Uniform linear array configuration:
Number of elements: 24
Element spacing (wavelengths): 0.5
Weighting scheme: binomial
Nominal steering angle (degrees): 60
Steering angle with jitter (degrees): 58.05
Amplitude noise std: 0.05
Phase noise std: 0.05

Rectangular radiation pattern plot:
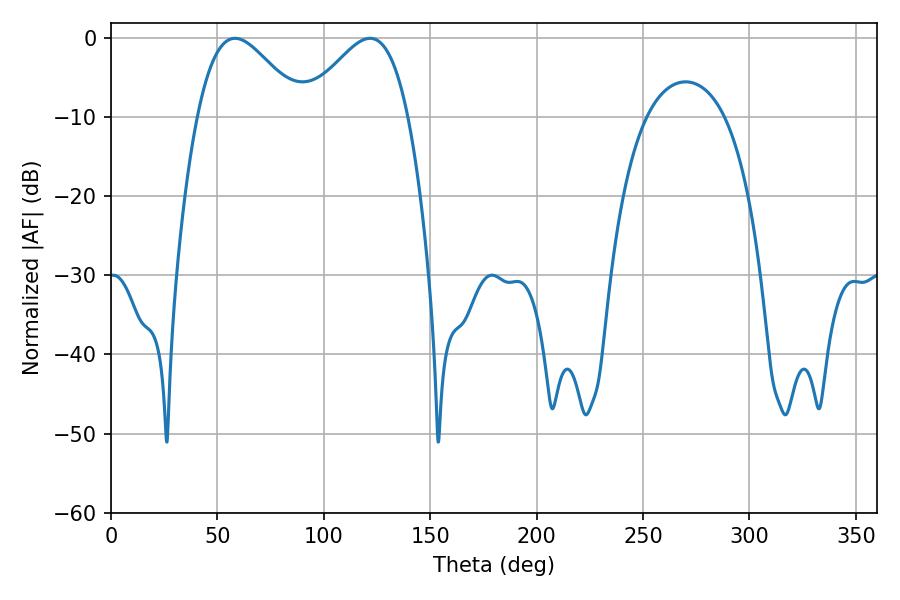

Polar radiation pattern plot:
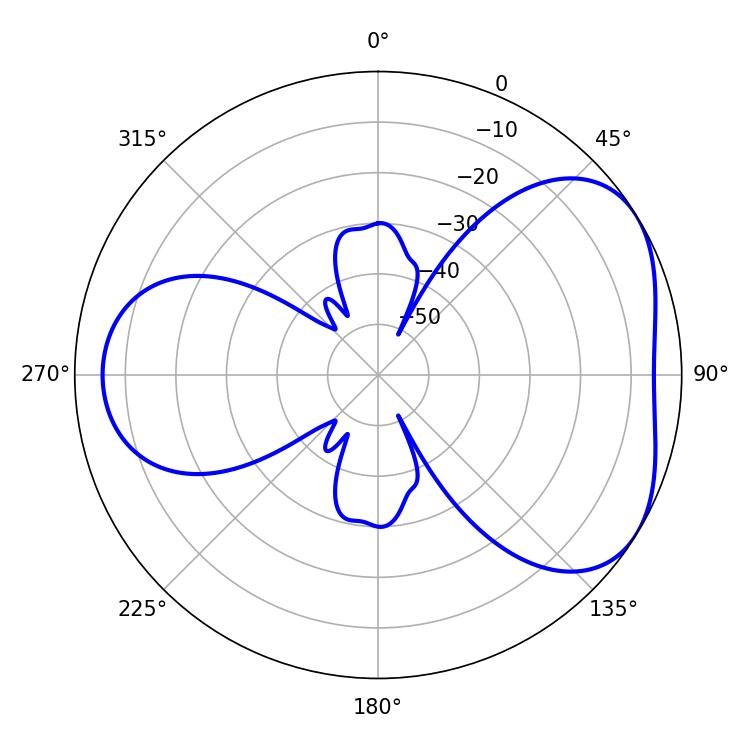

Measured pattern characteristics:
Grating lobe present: FALSE
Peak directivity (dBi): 4.386
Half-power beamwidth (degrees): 26.28
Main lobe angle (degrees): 58.32